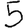
Digit: 5